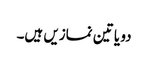
دو یا تین نمازیں ہیں۔